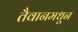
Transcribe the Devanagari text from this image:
तैवानमधून